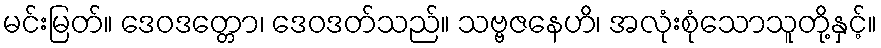
မင်းမြတ်။ ဒေဝဒတ္တော၊ ဒေဝဒတ်သည်။ သဗ္ဗဇနေဟိ၊ အလုံးစုံသောသူတို့နှင့်။